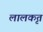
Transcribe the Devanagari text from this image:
लालकृत